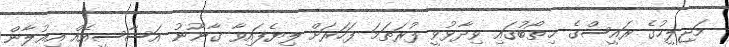
މަޖިލީހުގެ ރައީސްގެ ޚިތޯބުގައި ވިދާޅުވީ ފުރަތަމަ ފަހަރަށް ލިޔެފައިވާ ގާނޫނު އަސާސީއެއް އިޢުލާން